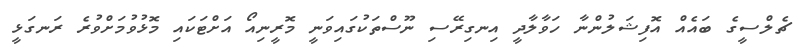
ޗެލްސީގެ ބައެއް އޮފިޝަލުންނާ ހަވާލާދީ އިނގިރޭސި ނޫސްތަކުގައިވަނީ މޮރީނިއޯ އަށްޓަކައި މޮޅުވުމަށްވުރެ ރަނގަޅީ